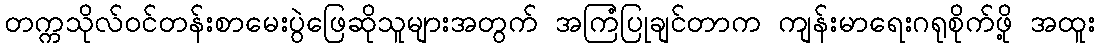
တက္ကသိုလ်ဝင်တန်းစာမေးပွဲဖြေဆိုသူများအတွက် အကြံပြုချင်တာက ကျန်းမာရေးဂရုစိုက်ဖို့ အထူး